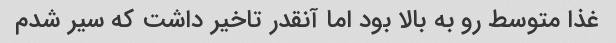
غذا متوسط رو به بالا بود اما آنقدر تاخیر داشت که سیر شدم